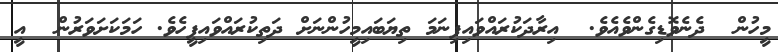
މީހުން  ދެނެވޮޑިގެންވެއެވެ.  އިރާދަކުރައްވައިފިނަމަ ތިޔަބައިމީހުންނަށް ދަތިކުރައްވައިފީހެވެ. ހަމަކަށަވަރުން  އީ